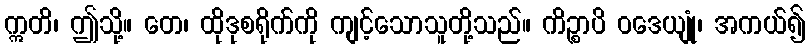
ဣတိ၊ ဤသို့။ တေ၊ ထိုဒုစရိုက်ကို ကျင့်သောသူတို့သည်။ ကိဉ္စာပိ ဝဒေယျုံ၊ အကယ်၍